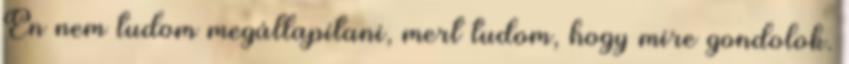
Én nem tudom megállapítani, mert tudom, hogy mire gondolok.